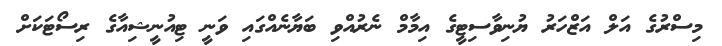
މިސްރުގެ އަލް އަޒްހަރު ޔުނިވާސިޓީގެ އިމާމް ނެރުއްވި ބަޔާނެއްގައި ވަނީ ޓިއުނީޝިއާގެ ރިސޯޓަކަށް